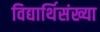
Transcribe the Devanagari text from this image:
विद्यार्थिसंख्या